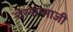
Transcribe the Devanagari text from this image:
चेन्‍नाम्‍माजी